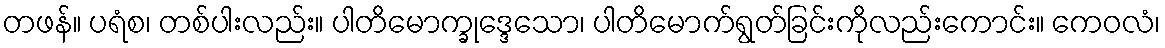
တဖန်။ ပရံစ၊ တစ်ပါးလည်း။ ပါတိမောက္ခုဒ္ဒေသော၊ ပါတိမောက်ရွတ်ခြင်းကိုလည်းကောင်း။ ကေဝလံ၊